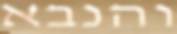
והנבא